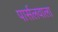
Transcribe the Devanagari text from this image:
पार्सलवाला